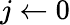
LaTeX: j\gets 0